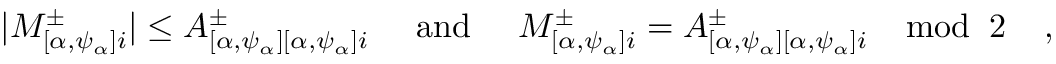
| M _ { [ \alpha , \psi _ { \alpha } ] i } ^ { \pm } | \leq A _ { [ \alpha , \psi _ { \alpha } ] [ \alpha , \psi _ { \alpha } ] i } ^ { \pm } \; \; \; \; \; \mathrm { a n d } \; \; \; \; \; M _ { [ \alpha , \psi _ { \alpha } ] i } ^ { \pm } = A _ { [ \alpha , \psi _ { \alpha } ] [ \alpha , \psi _ { \alpha } ] i } ^ { \pm } \; \; \; \; \mathrm { m o d } \; \; 2 \; \; \; \; ,